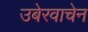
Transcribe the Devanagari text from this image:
उबेरवाचेन